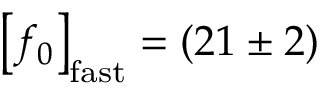
\left[ f _ { 0 } \right] _ { \mathrm { f a s t } } = ( 2 1 \pm 2 )